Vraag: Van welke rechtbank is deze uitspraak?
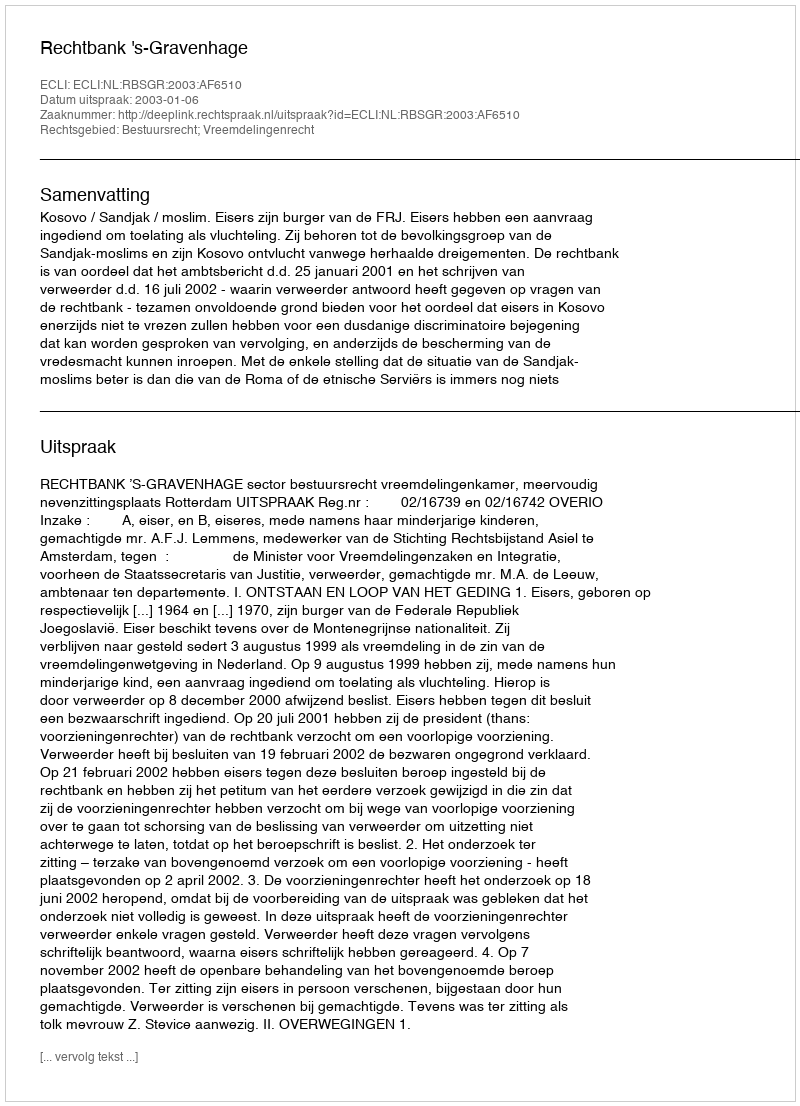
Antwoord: Rechtbank 's-Gravenhage